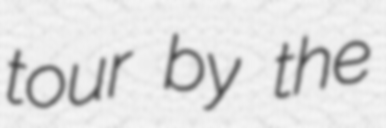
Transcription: tour by the